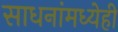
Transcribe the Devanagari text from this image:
साधनांमध्येही